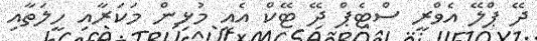
ދޭ ޕްލޭ އެވްރީ ސްޓެޕް ދޭ ޓޭކް އެއީ މުޅިން މަކަރާއި ހީލަތާއި